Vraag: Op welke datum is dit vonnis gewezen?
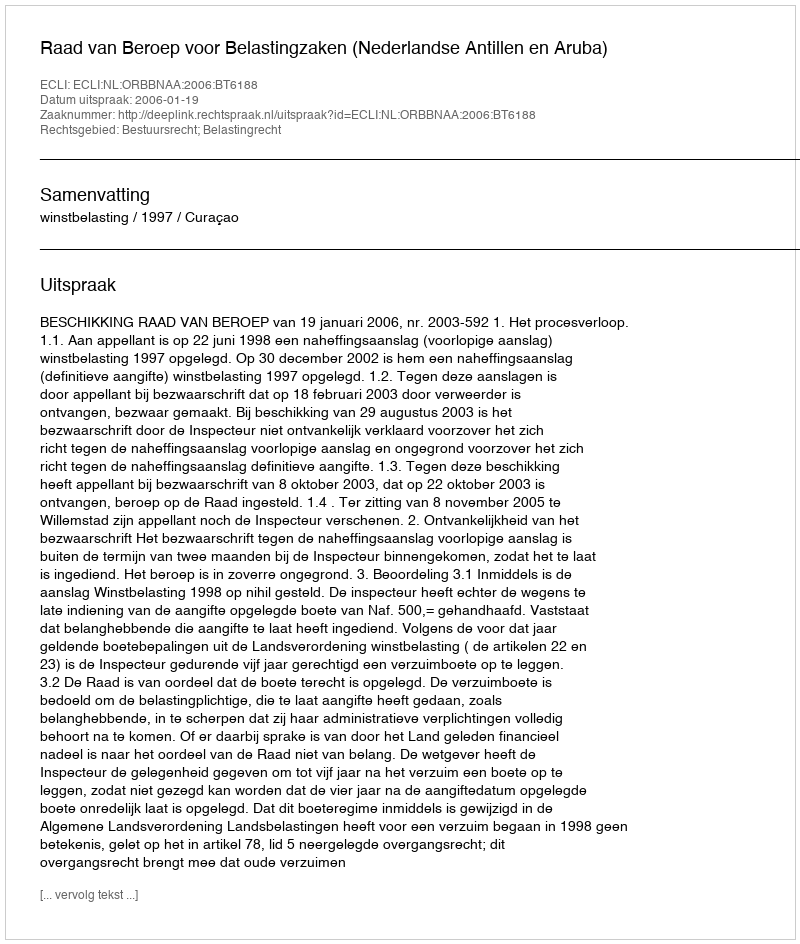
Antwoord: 2006-01-19